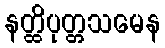
နတ္ထိပုတ္တသမေန